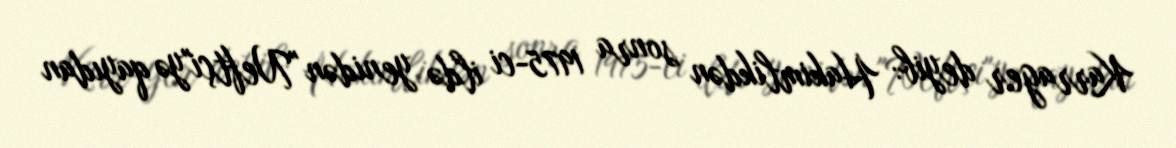
Karrager deyib: Hakimlikdən sonra 1975-ci ildə yenidən "Neftçi"yə qayıdan